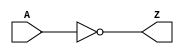
module notech_inv (A,Z);
input A;
output Z;
assign Z=~A;
endmodule